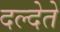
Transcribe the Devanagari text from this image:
दल्देते